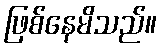
ဖြစ်နေမိသည်။